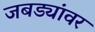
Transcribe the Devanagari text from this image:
जबड्यांवर